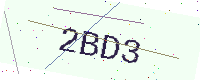
Text: 2BD3